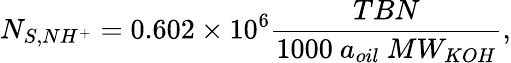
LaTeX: N_{S,NH^{+}}=0.602\times 10^{6}\frac{TBN}{1000~a_{oil}~MW_{KOH}},